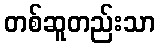
တစ်ဆူတည်းသာ